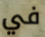
في